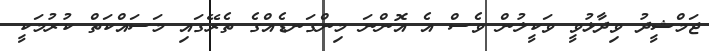
ޖަމްޝީދު ވިދާޅުވީ ވަކީލުން ވެސް އެ އޮންނަ މިންގަނޑެއްގެ ތެރޭގައި މަސައްކަތް ކުރުމަކީ